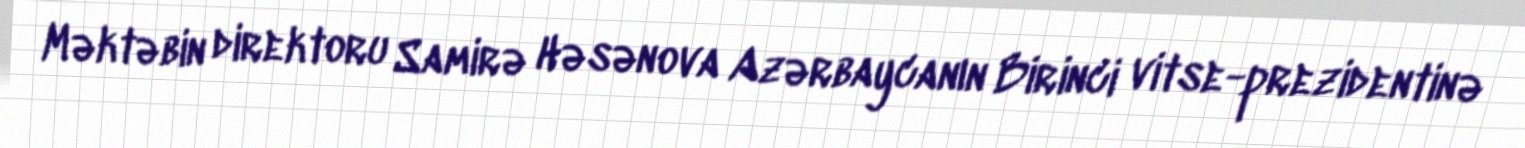
Məktəbin direktoru Samirə Həsənova Azərbaycanın Birinci vitse-prezidentinə